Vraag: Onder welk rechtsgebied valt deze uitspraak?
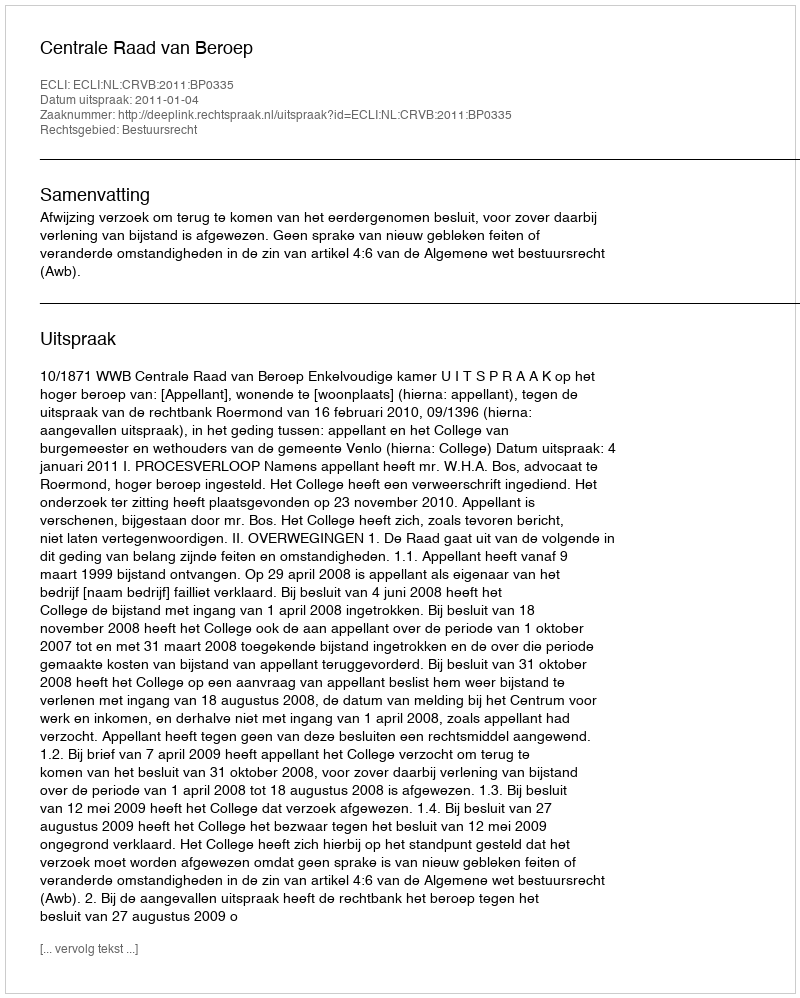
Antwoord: Bestuursrecht